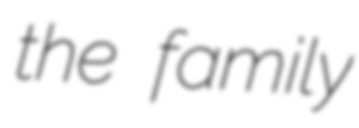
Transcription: the family